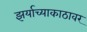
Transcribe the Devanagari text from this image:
झर्याच्याकाठावर